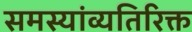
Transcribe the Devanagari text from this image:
समस्यांव्यतिरिक्त